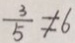
\frac { 3 } { 5 } \neq 6